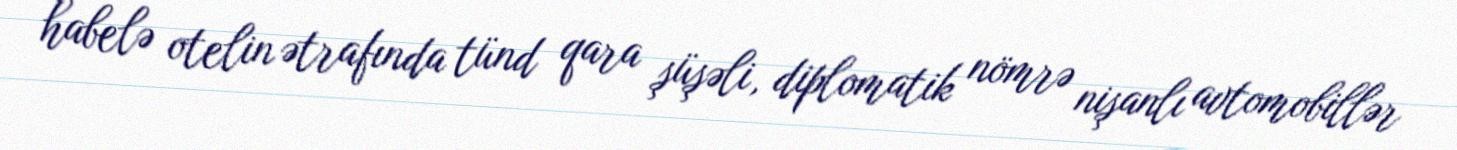
habelə otelin ətrafında tünd qara şüşəli, diplomatik nömrə nişanlı avtomobillər